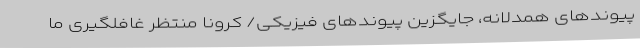
پیوندهای همدلانه، جایگزین پیوندهای فیزیکی/ کرونا منتظر غافلگیری ما